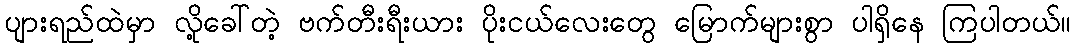
ပျားရည်ထဲမှာ လို့ခေါ်တဲ့ ဗက်တီးရီးယား ပိုးငယ်လေးတွေ မြောက်များစွာ ပါရှိနေ ကြပါတယ်။